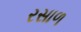
રસાળ